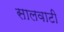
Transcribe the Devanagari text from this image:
सालवाटी